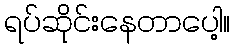
ရပ်ဆိုင်းနေတာပေါ့။